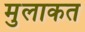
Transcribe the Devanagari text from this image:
मुलाकत